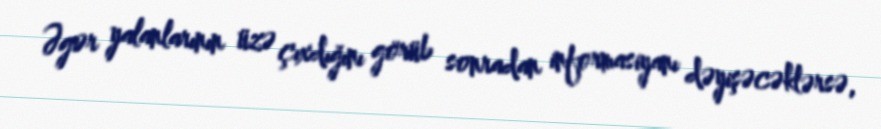
Əgər yalanlarının üzə çıxdığını görüb sonradan informasiyanı dəyişəcəklərsə,